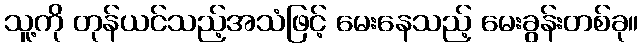
သူ့ကို တုန်ယင်သည့်အသံဖြင့် မေးနေသည့် မေးခွန်းတစ်ခု။